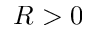
R > 0